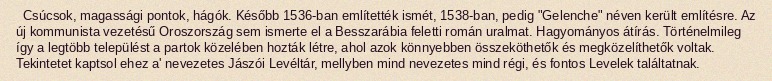
Csúcsok, magassági pontok, hágók. Később 1536-ban említették ismét, 1538-ban, pedig "Gelenche" néven került említésre. Az új kommunista vezetésű Oroszország sem ismerte el a Besszarábia feletti román uralmat. Hagyományos átírás. Történelmileg így a legtöbb települést a partok közelében hozták létre, ahol azok könnyebben összeköthetők és megközelíthetők voltak. Tekintetet kaptsol ehez a' nevezetes Jászói Levéltár, mellyben mind nevezetes mind régi, és fontos Levelek találtatnak.